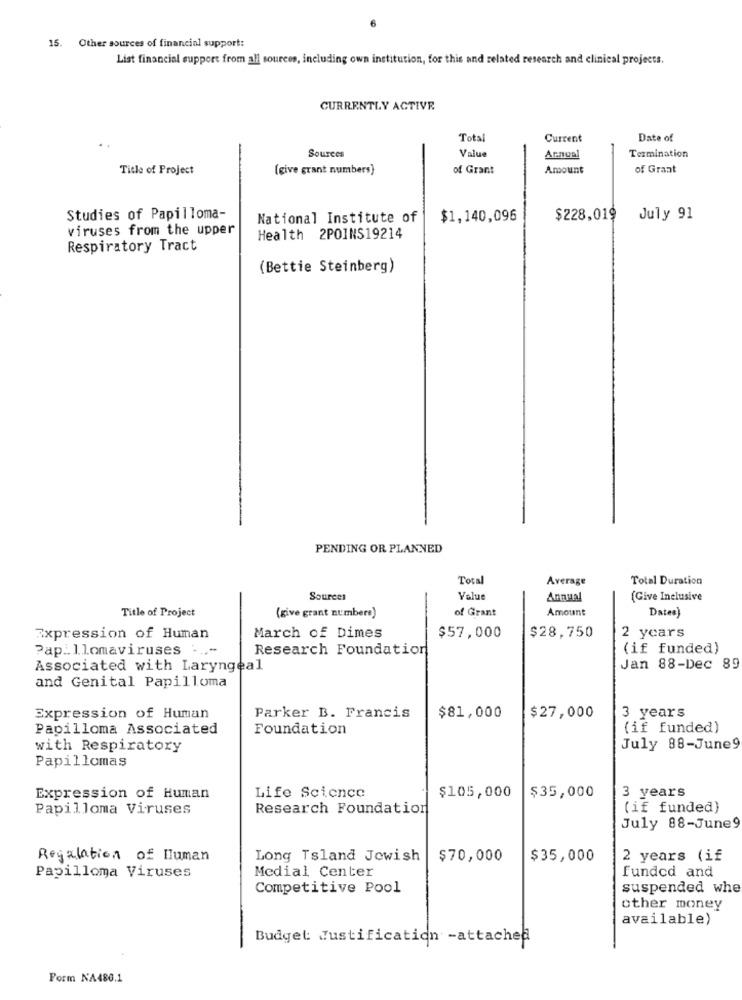
15. Other sources of financial support:
List financial support from all sources, including own institution, for this and related research and clinical projects.
CURRENTLY ACTIVE
Total
Current
Date of
Sources
Value
Annual
Termination
Title of Project
(give grant numbers)
of Grant
Amount
of Grant
Studies of Papilloma-
National Institute of
$1,140,096
$228,019 July 91
viruses from the upper
Health 2POINS19214
Respiratory Tract
(Bettie Steinberg)
PENDING OR PLANNED
Total
Average
Total Duration
Sources
Value
Annual
(Give Inclusive
Title of Project
of Grant
Amount
Dates)
(give grant numbers)
Expression of Human
March of Dimes
$57,000
$28,750
2 years
Papillomaviruses ... "
Research Foundation
(if funded)
Associated with Laryngeal
Jan 88-Dec 89
and Genital Papilloma
3 years
Expression of Human
Parker B. Francis
$81,000
$27,000
Papilloma Associated
Foundation
(if funded)
with Respiratory
July 88-June9
Papillomas
$35,000
3 years
Expression of Human
Life Science
$105,000
Papilloma Viruses
Research Foundation
(if funded)
July 88-June9
Regulation of Human
Long Tsland Jewish
$70,000
$35,000
2 years (if
Papilloma Viruses
Medial Center
funded and
Competitive Pool
suspended whe
other money
available)
Budget: Justification -attached
Form NA486.1